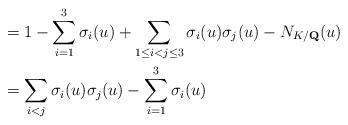
LaTeX: \begin{align*}& =1-\sum_{i=1}^{3}\sigma_{i}(u)+\sum_{1\leq i<j\leq3}\sigma_{i}(u)\sigma_{j}(u)-N_{K/\mathbf{Q}}(u)\\& =\sum_{i<j}\sigma_{i}(u)\sigma_{j}(u)-\sum_{i=1}^{3}\sigma_{i}(u)\end{align*}